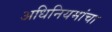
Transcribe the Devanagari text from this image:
अधिनियमांचा